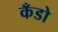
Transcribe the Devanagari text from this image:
कँडो